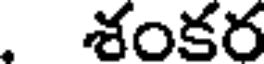
. శంకర